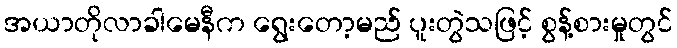
အယာတိုလာခါမေနီက ရွေးတော့မည် ပူးတွဲသဖြင့် စွန့်စားမှုတွင်